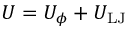
U = U _ { \phi } + U _ { \mathrm { L J } }